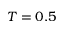
T = 0 . 5